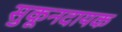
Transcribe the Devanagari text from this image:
सुकूनदायक